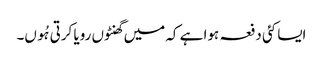
ایسا کئی دفعہ ہوا ہے کہ میں گھنٹوں رویا کرتی ہُوں۔